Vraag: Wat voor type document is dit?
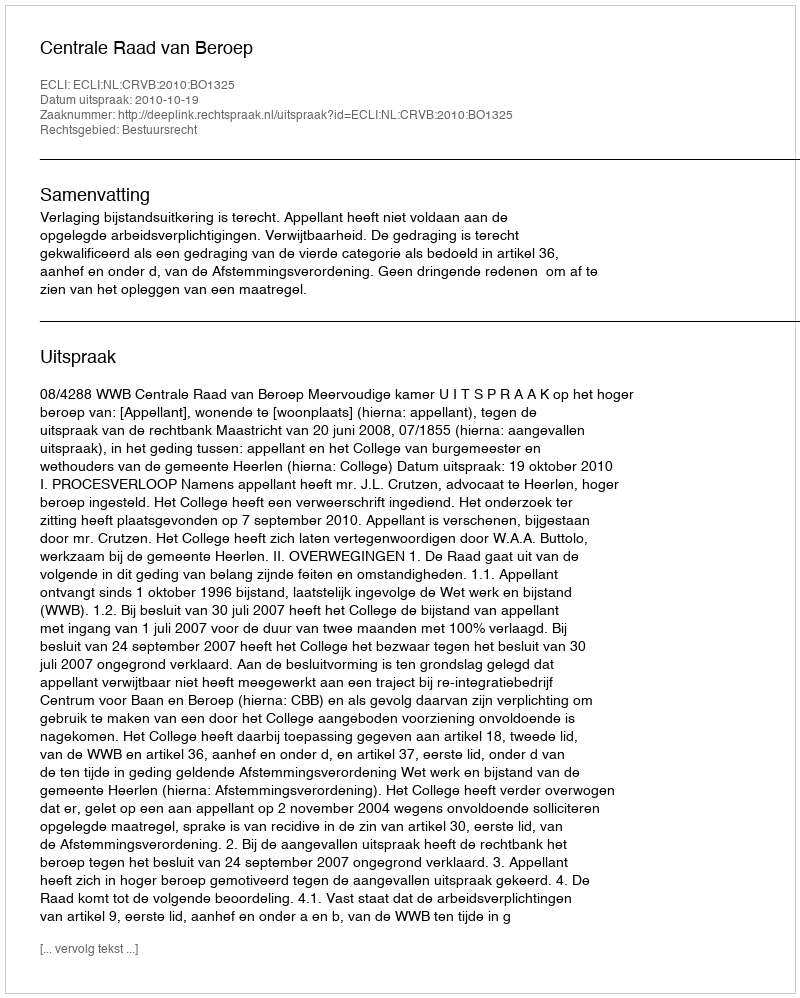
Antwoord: Uitspraak